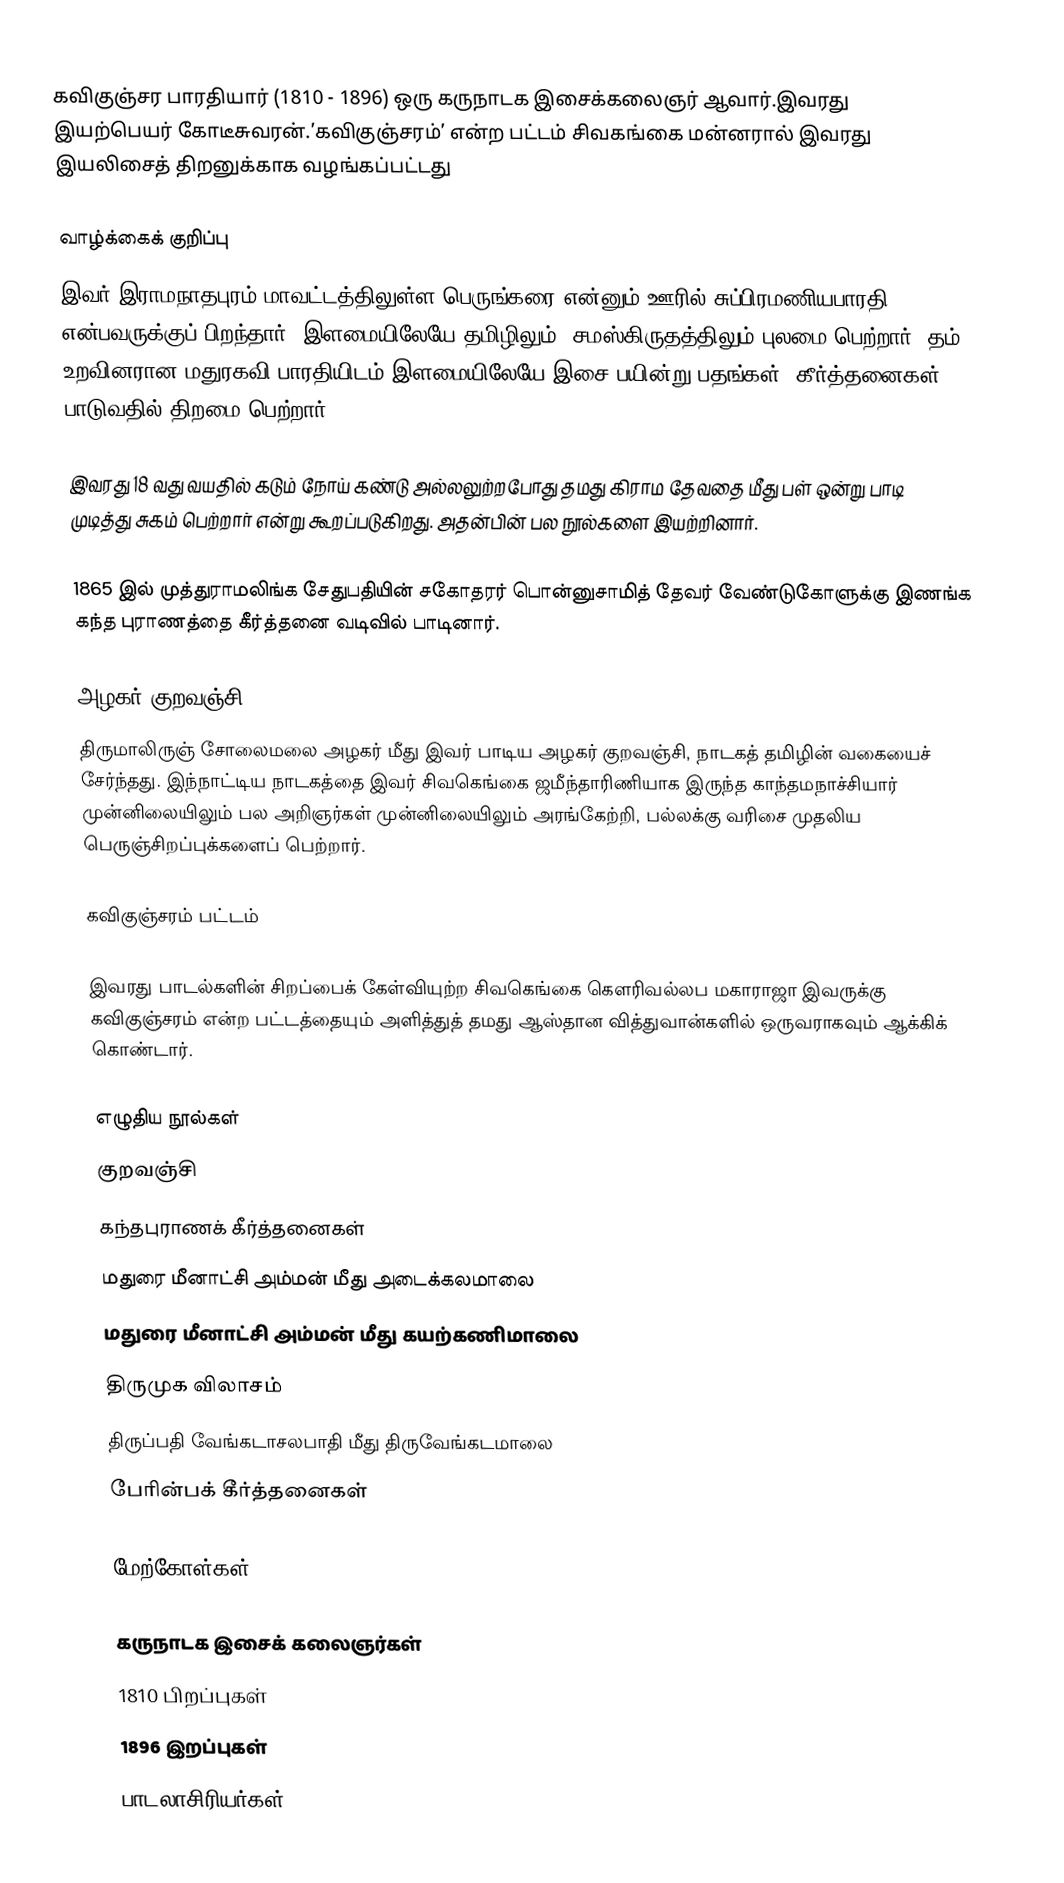
கவிகுஞ்சர பாரதியார் (1810 - 1896) ஒரு கருநாடக இசைக்கலைஞர் ஆவார்.இவரது இயற்பெயர் கோடீசுவரன்.’கவிகுஞ்சரம்’ என்ற பட்டம் சிவகங்கை மன்னரால் இவரது இயலிசைத் திறனுக்காக வழங்கப்பட்டது

வாழ்க்கைக் குறிப்பு
இவர் இராமநாதபுரம் மாவட்டத்திலுள்ள பெருங்கரை என்னும் ஊரில் சுப்பிரமணியபாரதி என்பவருக்குப் பிறந்தார். இளமையிலேயே தமிழிலும், சமஸ்கிருதத்திலும் புலமை பெற்றார். தம் உறவினரான மதுரகவி பாரதியிடம் இளமையிலேயே இசை பயின்று பதங்கள், கீர்த்தனைகள் பாடுவதில் திறமை பெற்றார்.

இவரது 18 வது வயதில் கடும் நோய் கண்டு அல்லலுற்றபோது தமது கிராம தேவதை மீது பள் ஒன்று பாடி முடித்து சுகம் பெற்றார் என்று கூறப்படுகிறது. அதன்பின் பல நூல்களை இயற்றினார்.

1865 இல் முத்துராமலிங்க சேதுபதியின் சகோதரர் பொன்னுசாமித் தேவர் வேண்டுகோளுக்கு இணங்க கந்த புராணத்தை கீர்த்தனை வடிவில் பாடினார்.

அழகர் குறவஞ்சி
திருமாலிருஞ் சோலைமலை அழகர் மீது இவர் பாடிய அழகர் குறவஞ்சி, நாடகத் தமிழின் வகையைச் சேர்ந்தது. இந்நாட்டிய நாடகத்தை இவர் சிவகெங்கை ஜமீந்தாரிணியாக இருந்த காந்தமநாச்சியார் முன்னிலையிலும் பல அறிஞர்கள் முன்னிலையிலும் அரங்கேற்றி, பல்லக்கு வரிசை முதலிய பெருஞ்சிறப்புக்களைப் பெற்றார்.

கவிகுஞ்சரம் பட்டம்

இவரது பாடல்களின் சிறப்பைக் கேள்வியுற்ற சிவகெங்கை கௌரிவல்லப மகாராஜா இவருக்கு கவிகுஞ்சரம் என்ற பட்டத்தையும் அளித்துத் தமது ஆஸ்தான வித்துவான்களில் ஒருவராகவும் ஆக்கிக் கொண்டார்.

எழுதிய நூல்கள்
 குறவஞ்சி
 கந்தபுராணக் கீர்த்தனைகள்
 மதுரை மீனாட்சி அம்மன் மீது அடைக்கலமாலை
 மதுரை மீனாட்சி அம்மன் மீது கயற்கணிமாலை
 திருமுக விலாசம்
 திருப்பதி வேங்கடாசலபாதி மீது திருவேங்கடமாலை
 பேரின்பக் கீர்த்தனைகள்

மேற்கோள்கள்

கருநாடக இசைக் கலைஞர்கள்
1810 பிறப்புகள்
1896 இறப்புகள்
பாடலாசிரியர்கள்